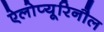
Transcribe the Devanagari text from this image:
ऐलोप्यूरिनौल